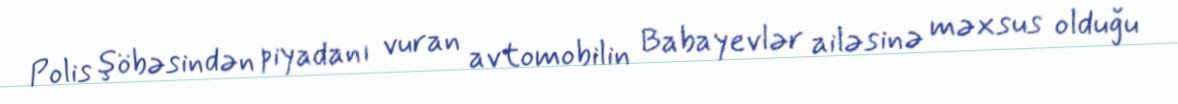
Polis şöbəsindən piyadanı vuran avtomobilin Babayevlər ailəsinə məxsus olduğu